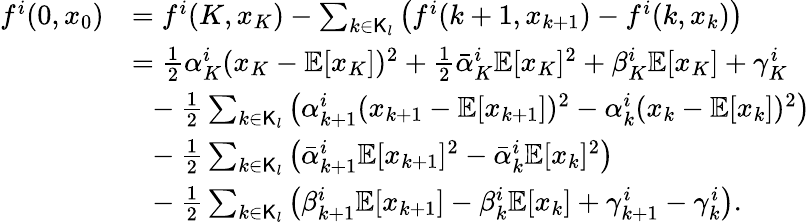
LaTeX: \begin{array}{rl}{f^{i}(0,x_{0})}&{=f^{i}(K,x_{K})-\sum_{k\in\mathsf{K}_{l}}\big(f^{i}(k+1,x_{k+1})-f^{i}(k,x_{k})\big)}\\ &{=\frac{1}{2}\alpha_{K}^{i}(x_{K}-\mathbb{E}[x_{K}])^{2}+\frac{1}{2}\bar{\alpha}_{K}^{i}\mathbb{E}[x_{K}]^{2}+\beta_{K}^{i}\mathbb{E}[x_{K}]+\gamma_{K}^{i}}\\ &{~~-\frac{1}{2}\sum_{k\in\mathsf{K}_{l}}\big(\alpha_{k+1}^{i}(x_{k+1}-\mathbb{E}[x_{k+1}])^{2}-\alpha_{k}^{i}(x_{k}-\mathbb{E}[x_{k}])^{2}\big)}\\ &{~~-\frac{1}{2}\sum_{k\in\mathsf{K}_{l}}\big(\bar{\alpha}_{k+1}^{i}\mathbb{E}[x_{k+1}]^{2}-\bar{\alpha}_{k}^{i}\mathbb{E}[x_{k}]^{2}\big)}\\ &{~~-\frac{1}{2}\sum_{k\in\mathsf{K}_{l}}\big(\beta_{k+1}^{i}\mathbb{E}[x_{k+1}]-\beta_{k}^{i}\mathbb{E}[x_{k}]+\gamma_{k+1}^{i}-\gamma_{k}^{i}\big).}\end{array}